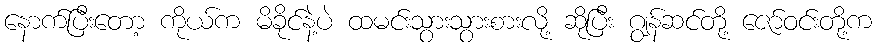
နောက်ပြီးတော့ ကိုယ်က မိခိုင်နဲ့ပဲ ထမင်းသွားသွားစားလို့ ဆိုပြီး ဂျွန်ဆင်တို့ ဇော်ဝင်းတို့က